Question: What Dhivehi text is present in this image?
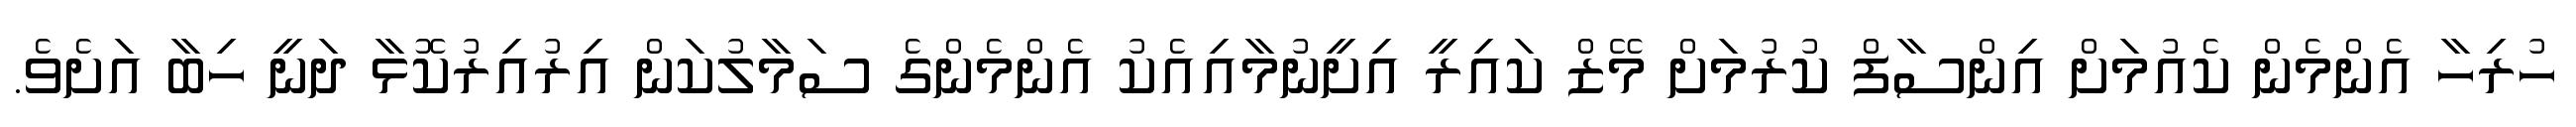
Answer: ހުރިހާ އެންމެން ކެއުމަށް އިންސާފް ކުރުމަށް މޭޒް ކައިރީ އިށީނުމާއިއެކު އެންމެންގެ ސަމާލުކަން އިރުއިރުކޮޅާ ދަނީ ހިބާ އަށެވެ.